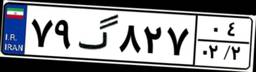
۷۹گ۸۲۷۰۴